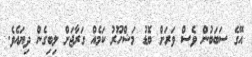
އޭގެ ސަބަބުން ވެސް ވަރަށް ބޮޑު މަޝްހޫރު ކަމެއް ގަރާޖަށް ލިބިގެން ދިޔައެވެ.